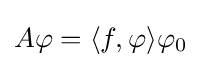
A\varphi =\langle f,\varphi \rangle \varphi _{0}